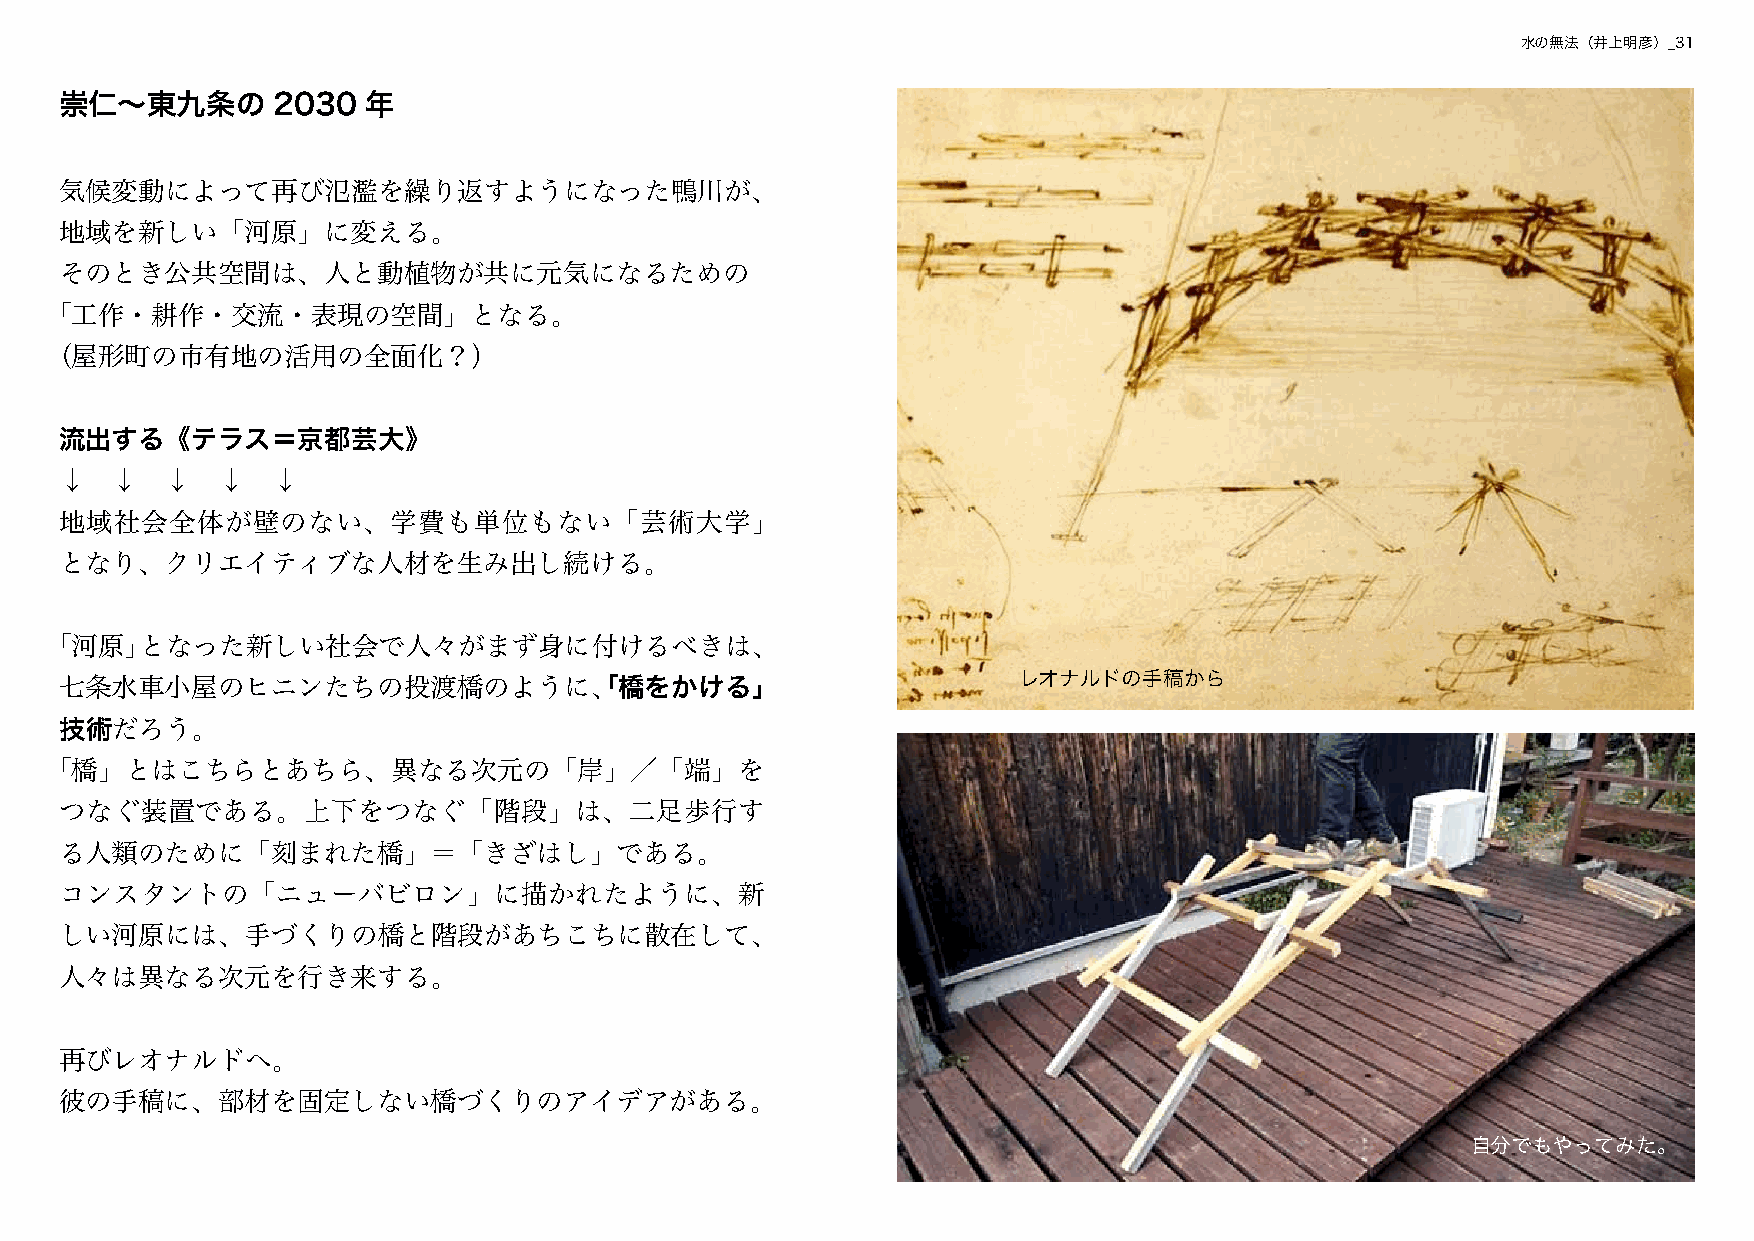
水の無法（井上明彦）_31
 崇仁〜東九条の       2030  年
 気候変動によって再び氾濫を繰り返すようになった鴨川が、
 地域を新しい「河原」に変える。
 そのとき公共空間は、人と動植物が共に元気になるための
 「工作・耕作・交流・表現の空間」となる。
 （屋形町の市有地の活用の全面化？）
 流出する《テラス＝京都芸大》
 ↓  ↓   ↓  ↓   ↓
 地域社会全体が壁のない、学費も単位もない「芸術大学」
 となり、クリエイティブな人材を生み出し続ける。
 「河原」となった新しい社会で人々がまず身に付けるべきは、
 七条水車小屋のヒニンたちの投渡橋のように、「橋をかける」                                   レオナルドの手稿から
 技術だろう。
 「橋」とはこちらとあちら、異なる次元の「岸」／「端」を
 つなぐ装置である。上下をつなぐ「階段」は、二足歩行す
 る人類のために「刻まれた橋」＝「きざはし」である。
 コンスタントの「ニューバビロン」に描かれたように、新
 しい河原には、手づくりの橋と階段があちこちに散在して、
 人々は異なる次元を行き来する。
 再びレオナルドへ。
 彼の手稿に、部材を固定しない橋づくりのアイデアがある。
 自分でもやってみた。